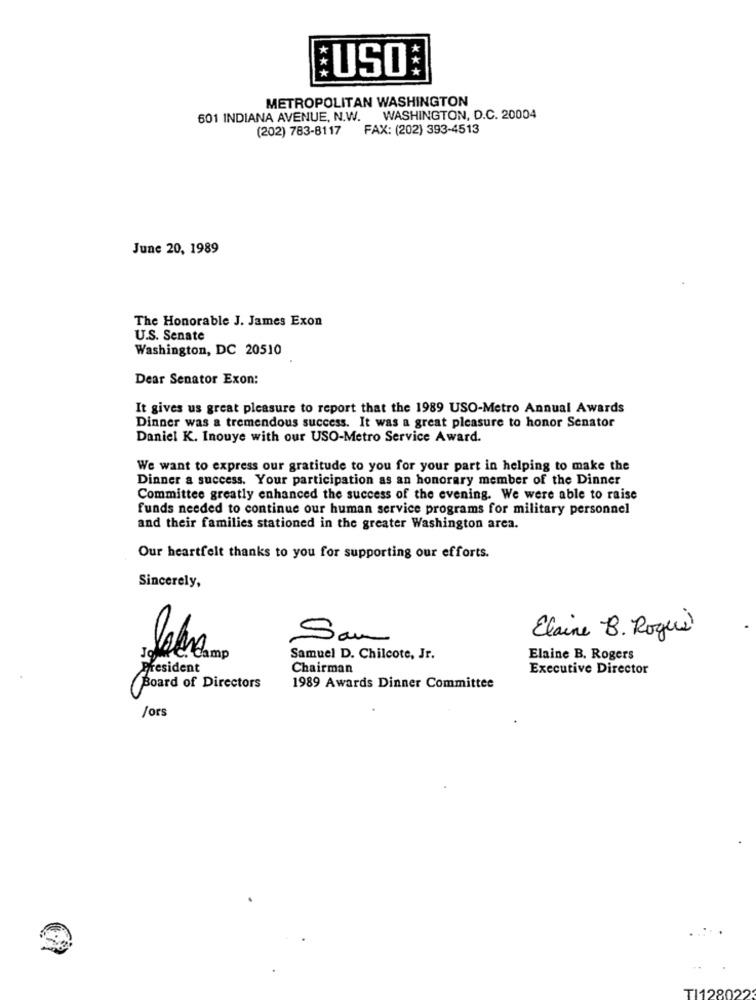
USO
***
***
METROPOLITAN WASHINGTON
601 INDIANA AVENUE, N.W.
WASHINGTON, D.C. 20004
(202) 783-8117
FAX: (202) 393-4513
June 20, 1989
The Honorable J. James Exon
U.S. Senate
Washington, DC 20510
Dear Senator Exon:
It gives us great pleasure to report that the 1989 USO-Metro Annual Awards
Dinner was a tremendous success. It was a great pleasure to honor Senator
Daniel K. Inouye with our USO-Metro Service Award.
We want to express our gratitude to you for your part in helping to make the
Dinner a success. Your participation as an honorary member of the Dinner
Committee greatly enhanced the success of the evening. We were able to raise
funds needed to continue our human service programs for military personnel
and their families stationed in the greater Washington area.
Our heartfelt thanks to you for supporting our efforts.
Sincerely,
Elaine B. Roque
Sam
Soft en Camp
Samuel D. Chilcote, Jr.
Elaine B. Rogers
President
Chairman
Executive Director
Board of Directors
1989 Awards Dinner Committee
/ors
TI128022